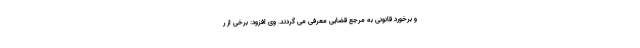
و برخورد قانونی به مرجع قضایی معرفی می گردند. وی افزود: برخی از ر